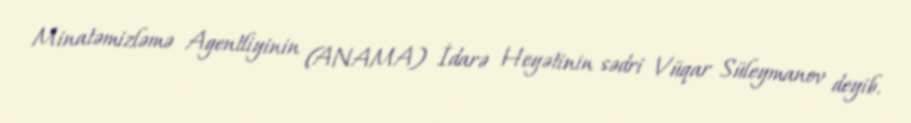
Minatəmizləmə Agentliyinin (ANAMA) İdarə Heyətinin sədri Vüqar Süleymanov deyib.